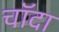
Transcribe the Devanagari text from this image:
चाॅदा